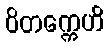
ဝိတက္ကေဟိ